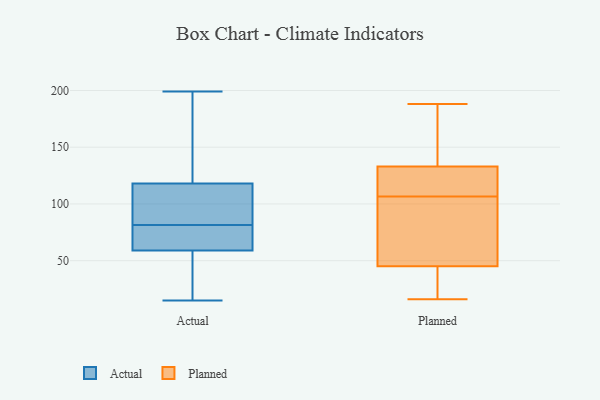
{"axis": {"x": "Demand Index", "y": "Value"}, "legend": ["Actual", "Planned"], "data": [{"x": "", "y": 15, "type": "Actual"}, {"x": "", "y": 199, "type": "Actual"}, {"x": "", "y": 79, "type": "Actual"}, {"x": "", "y": 81, "type": "Actual"}, {"x": "", "y": 111, "type": "Actual"}, {"x": "", "y": 43, "type": "Actual"}, {"x": "", "y": 137, "type": "Actual"}, {"x": "", "y": 82, "type": "Actual"}, {"x": "", "y": 125, "type": "Actual"}, {"x": "", "y": 75, "type": "Actual"}, {"x": "", "y": 36, "type": "Actual"}, {"x": "", "y": 102, "type": "Actual"}, {"x": "", "y": 188, "type": "Planned"}, {"x": "", "y": 120, "type": "Planned"}, {"x": "", "y": 112, "type": "Planned"}, {"x": "", "y": 133, "type": "Planned"}, {"x": "", "y": 16, "type": "Planned"}, {"x": "", "y": 145, "type": "Planned"}, {"x": "", "y": 53, "type": "Planned"}, {"x": "", "y": 101, "type": "Planned"}, {"x": "", "y": 41, "type": "Planned"}, {"x": "", "y": 45, "type": "Planned"}]}